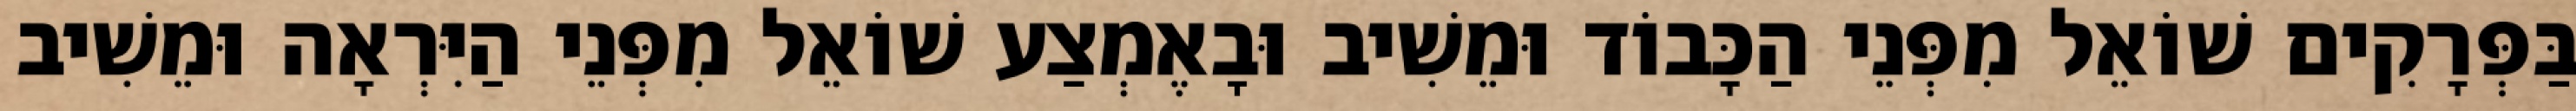
בַּפְּרָקִים שׁוֹאֵל מִפְּנֵי הַכָּבוֹד וּמֵשִׁיב וּבָאֶמְצַע שׁוֹאֵל מִפְּנֵי הַיִּרְאָה וּמֵשִׁיב